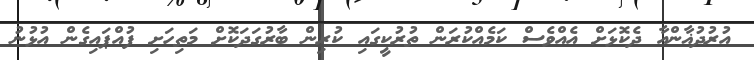
އުރުދުޣާންއާ ދެކޮޅަށް އެއްވެސް ކަމެއްކުރަން ތުުރުކީގައި ކުރިން ބާރުގަދަކޮށް މަތިހަށި ފުއްޕައިގެން އުޅުުނު